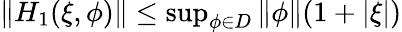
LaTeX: \begin{array}{r}{\| H_{1}(\xi,\phi)\| \le\operatorname*{sup}_{\phi\in D}\| \phi\| (1+|\xi|)}\end{array}